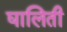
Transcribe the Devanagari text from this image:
घालिती